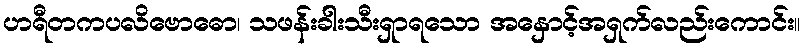
ဟရီတကပလိဗောဓော၊ သဖန်းခါးသီးရှာရသော အနှောင့်အရှက်လည်းကောင်း။